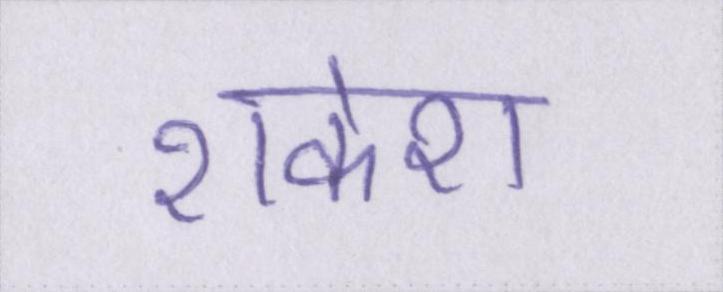
राकेश